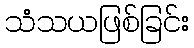
သံသယဖြစ်ခြင်း